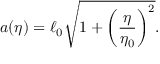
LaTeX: a ( \eta ) = \ell _ { 0 } \sqrt { 1 + \biggl ( \frac { \eta } { \eta _ { 0 } } \biggr ) ^ { 2 } } .